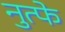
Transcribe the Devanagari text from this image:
नुत्फे